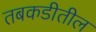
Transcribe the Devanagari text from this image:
तबकडीतील